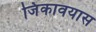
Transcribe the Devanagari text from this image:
जिंकावयास